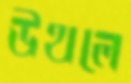
উথলে